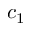
c _ { 1 }